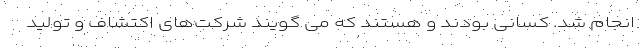
انجام شد. کسانی بودند و هستند که می گویند شرکت‌های اکتشاف و تولید